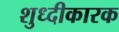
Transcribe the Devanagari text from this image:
शुध्दीकारक